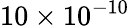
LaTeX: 10\times 10^{-10}